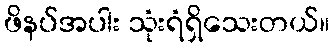
ဖိနပ်အပါး သုံးရံရှိသေးတယ်။